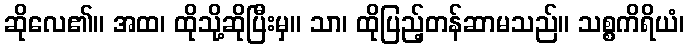
ဆိုလေ၏။ အထ၊ ထိုသို့ဆိုပြီးမှ။ သာ၊ ထိုပြည့်တန်ဆာမသည်။ သစ္စကိရိယံ၊